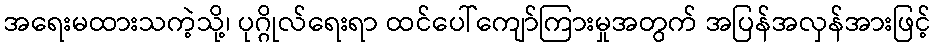
အရေးမထားသကဲ့သို့၊ ပုဂ္ဂိုလ်ရေးရာ ထင်ပေါ်ကျော်ကြားမှုအတွက် အပြန်အလှန်အားဖြင့်